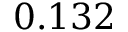
0 . 1 3 2